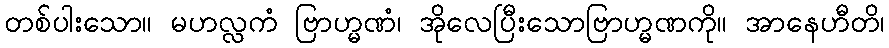
တစ်ပါးသော။ မဟလ္လကံ ဗြာဟ္မဏံ၊ အိုလေပြီးသောဗြာဟ္မဏကို။ အာနေဟီတိ၊